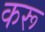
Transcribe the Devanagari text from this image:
करू